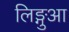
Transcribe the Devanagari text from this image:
लिङ्गुआ